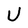
Character: U